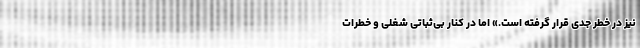
نیز در خطر جدی قرار گرفته است.» اما در کنار بی‌ثباتی شغلی و خطرات